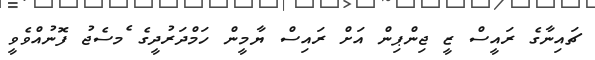
ޗައިނާގެ ރައީސް ޒީ ޖިންޕިން އަށް ރައިސް ޔާމީން ހަމްދަރުދީގެ ެމސެޖު ފޮނުއްވެވީ